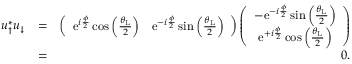
\begin{array} { r l r } { u _ { \uparrow } ^ { * } u _ { \downarrow } } & { = } & { \left( \begin{array} { c c } { \mathrm { e } ^ { i \frac { \phi } { 2 } } \cos \left( \frac { \theta _ { \mathrm { L } } } { 2 } \right) } & { \mathrm { e } ^ { - i \frac { \phi } { 2 } } \sin \left( \frac { \theta _ { \mathrm { L } } } { 2 } \right) } \end{array} \right) \left( \begin{array} { c } { - \mathrm { e } ^ { - i \frac { \phi } { 2 } } \sin \left( \frac { \theta _ { \mathrm { L } } } { 2 } \right) } \\ { \mathrm { e } ^ { + i \frac { \phi } { 2 } } \cos \left( \frac { \theta _ { \mathrm { L } } } { 2 } \right) } \end{array} \right) } \\ & { = } & { 0 . } \end{array}